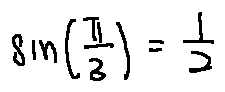
\sin ( \frac { \pi } { 3 } ) = \frac { 1 } { 2 }